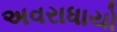
અવરાધાયો